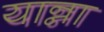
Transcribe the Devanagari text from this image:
यान्ना